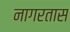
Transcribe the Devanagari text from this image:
नागरतास